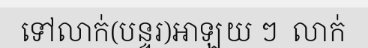
ទៅលាក់(បន្ទរ)អាឡយ ៗ  លាក់